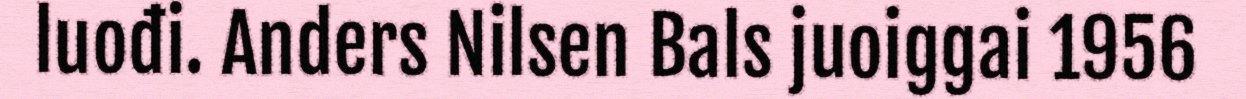
luođi. Anders Nilsen Bals juoiggai 1956